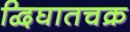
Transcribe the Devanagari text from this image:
द्विघातचक्र